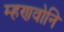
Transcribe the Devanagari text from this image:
म्हणवोनि